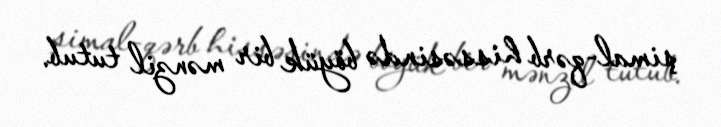
şimal-qərb hissəsində böyük bir mənzil tutub.